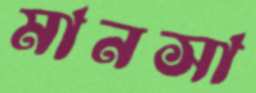
মানসা